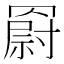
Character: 𦌍